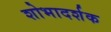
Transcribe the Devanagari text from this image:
शोभादर्शक